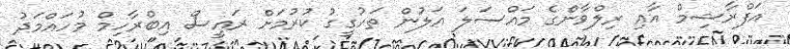
އަފްރާޝިމް އާއި ރިލްވާންގެ މައްސަލަ އަލުން ތަހުގީގު ކުރުމަށް ރައީސް އިބްރާހިމް މުހައްމަދު